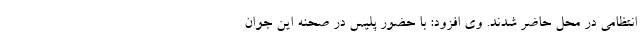
انتظامی در محل حاضر شدند. وی افزود: با حضور پلیس در صحنه این جوان